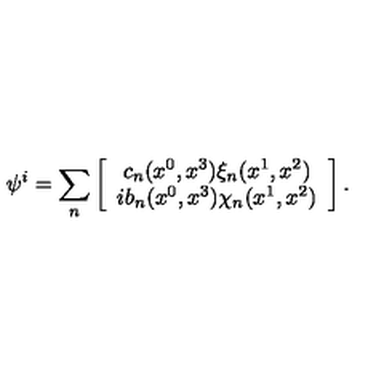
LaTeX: \psi ^ { i } = \sum _ { n } \left[ \begin{array} { c } { c _ { n } ( x ^ { 0 } , x ^ { 3 } ) \xi _ { n } ( x ^ { 1 } , x ^ { 2 } ) } \\ { i b _ { n } ( x ^ { 0 } , x ^ { 3 } ) \chi _ { n } ( x ^ { 1 } , x ^ { 2 } ) } \\ \end{array} \right] .